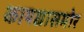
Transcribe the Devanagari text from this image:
कायद्यासमोर